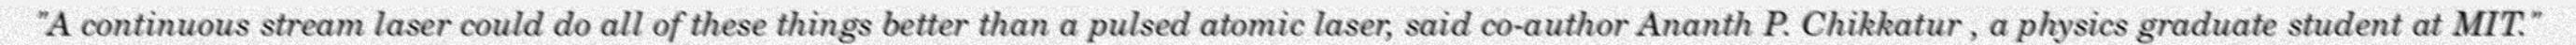
"A continuous stream laser could do all of these things better than a pulsed atomic laser, said co-author Ananth P. Chikkatur , a physics graduate student at MIT."